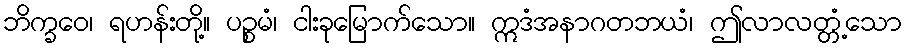
ဘိက္ခဝေ၊ ရဟန်းတို့။ ပဉ္စမံ၊ ငါးခုမြောက်သော။ ဣဒံအနာဂတဘယံ၊ ဤလာလတ္တံ့သော